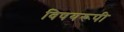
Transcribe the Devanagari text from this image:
विषयरूपी